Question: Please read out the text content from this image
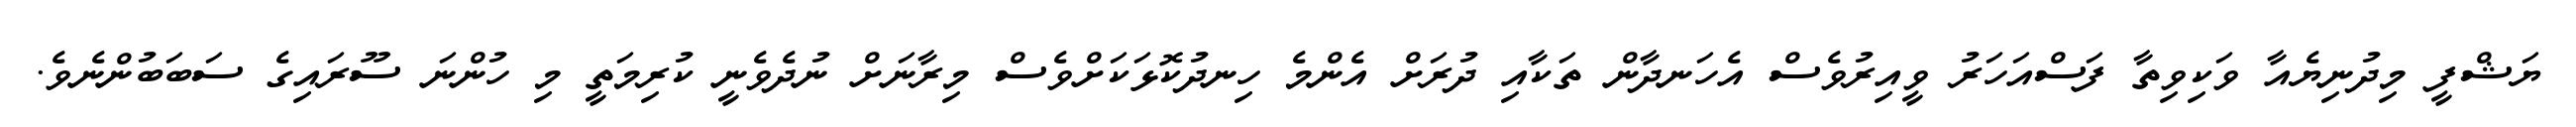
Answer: ޔަޝްފީ މިދުނިޔެއާ ވަކިވިތާ ފަސްއަހަރު ވީއިރުވެސް އެހަނދާން ތަކާއި ދުރަށް އެންމެ ހިނދުކޮޅަކަށްވެސް މިރާނަށް ނުދެވެނީ ކުރިމަތީ މި ހުންނަ ސޫރައިގެ ސަބަބުންނެވެ.